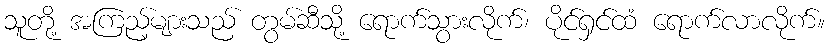
သူတို့ အကြည့်များသည် တွမ်ဆီသို့ ရောက်သွားလိုက်၊ ပိုင်ရှင်ထံ ရောက်လာလိုက်။